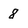
Character: 8